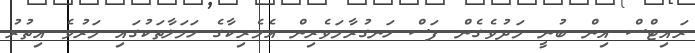
ރައިޓްސް އިން ބުނީ މަދުވެގެން ފަސް ހަނގުރާމަވެރިން އެމެރިކާގެ ހަމަލާތަކުގައި މަރުވެ އިތުރު